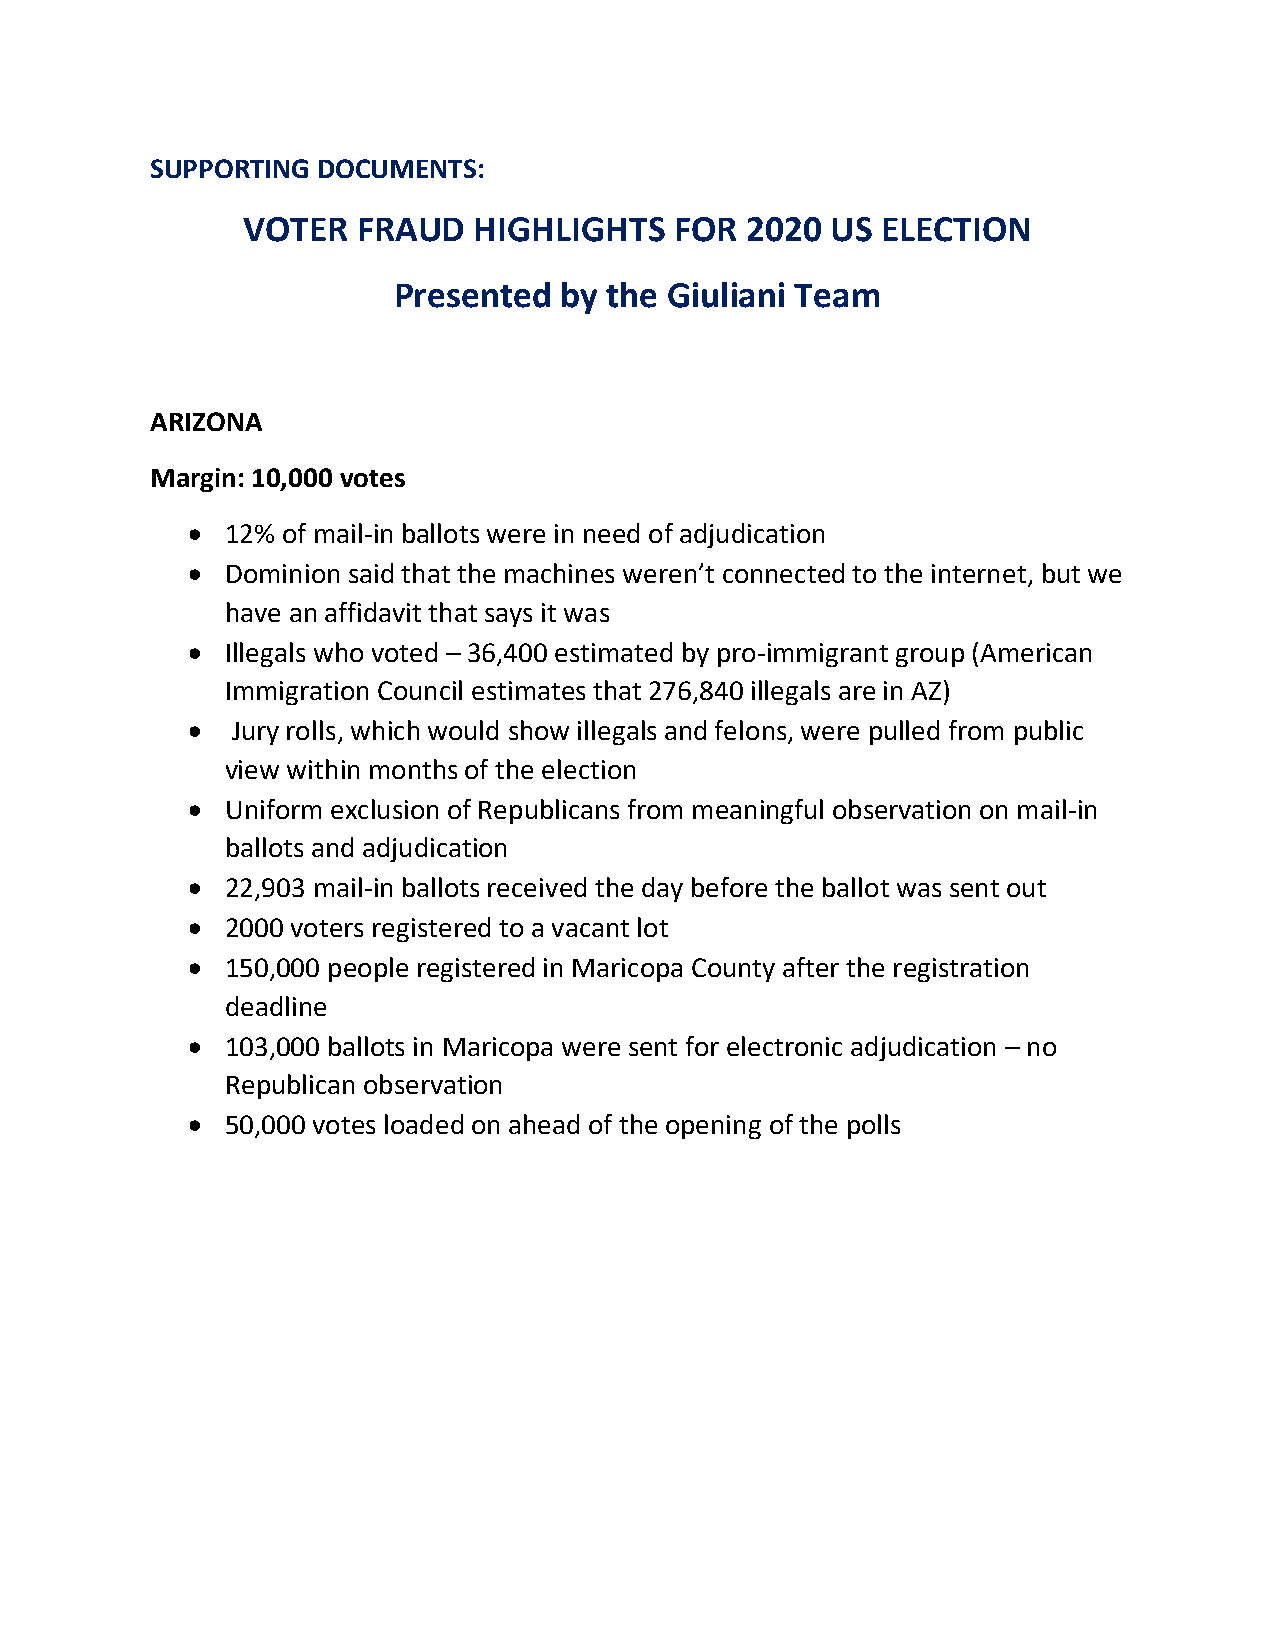
SUPPORTING DOCUMENTS:
 VOTER   FRAUD  HIGHLIGHTS    FOR 2020  US ELECTION
 Presented  by the Giuliani Team
 ARIZONA
 Margin: 10,000 votes
 •  12% of mail-in ballots were in need of adjudication
 •  Dominion said that the machines weren’t connected to the internet, but we
 have an affidavit that says it was
 •  Illegals who voted – 36,400 estimated by pro-immigrant group (American
 Immigration Council estimates that 276,840 illegals are in AZ)
 •  Jury rolls, which would show illegals and felons, were pulled from public
 view within months of the election
 •  Uniform exclusion of Republicans from meaningful observation on mail-in
 ballots and adjudication
 •  22,903 mail-in ballots received the day before the ballot was sent out
 •  2000 voters registered to a vacant lot
 •  150,000 people registered in Maricopa County after the registration
 deadline
 •  103,000 ballots in Maricopa were sent for electronic adjudication – no
 Republican observation
 •  50,000 votes loaded on ahead of the opening of the polls